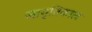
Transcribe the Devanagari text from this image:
जागृतिकाल